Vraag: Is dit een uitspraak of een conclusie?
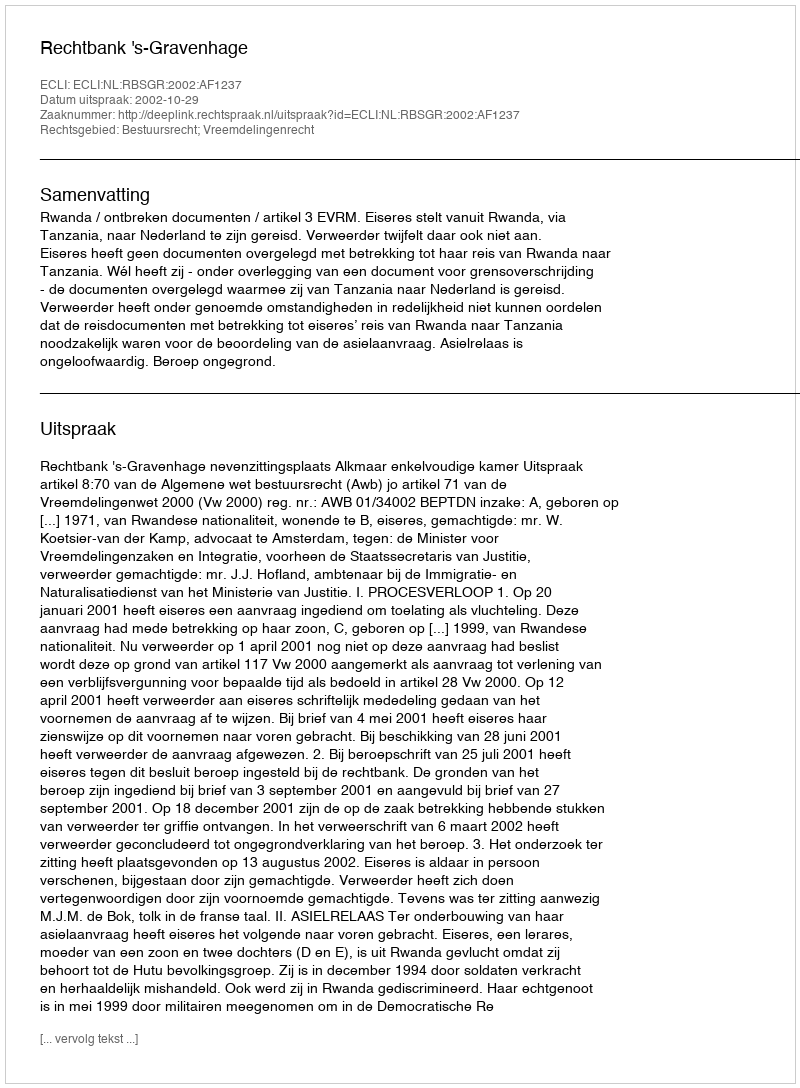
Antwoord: Uitspraak